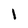
Character: 1